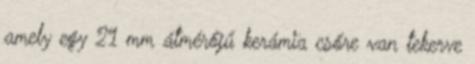
amely egy 21 mm átmérőjű kerámia csőre van tekerve